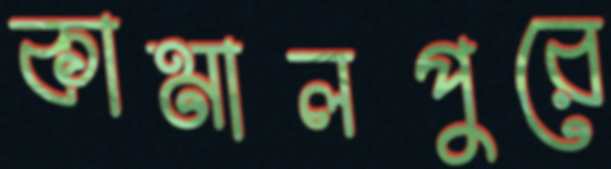
কামালপুরে